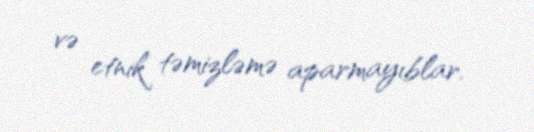
və etnik təmizləmə aparmayıblar.